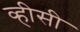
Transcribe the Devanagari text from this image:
व्हीसी